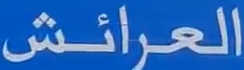
العرائش